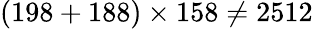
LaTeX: (198+188)\times 158\neq 2512